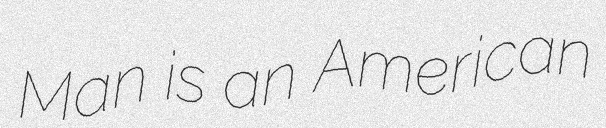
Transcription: Man is an American